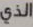
الذي